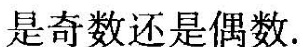
是奇数还是偶数。